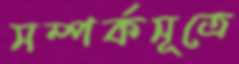
সম্পর্কসূত্রে